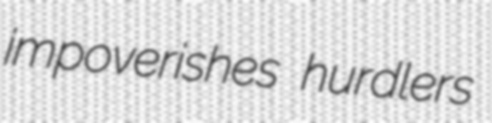
impoverishes hurdlers